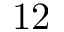
1 2